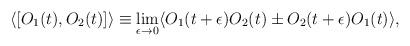
\begin{align*}\langle[O_{1}(t),O_{2}(t)]\rangle\equiv \lim_{\epsilon\rightarrow 0}\langle O_{1}(t+\epsilon)O_{2}(t)\pm O_{2}(t+\epsilon)O_{1}(t)\rangle,\end{align*}